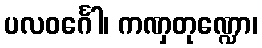
ပလဝင်္ဂေါ၊ ကဏှတုဏ္ဍော၊